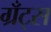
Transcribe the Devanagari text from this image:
ग्रँट्स